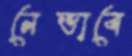
নেভাবে